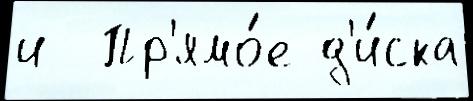
и  Пр'ямо́е д'и́ска